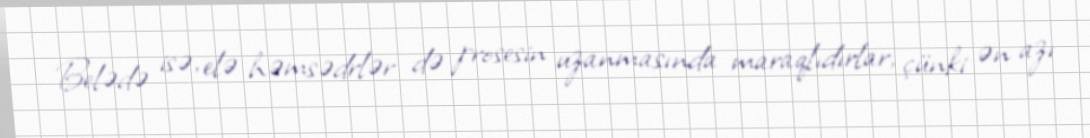
Belədə isə, elə həmsədrlər də prosesin uzanmasında maraqlıdırlar, çünki ən azı